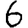
Digit: 6